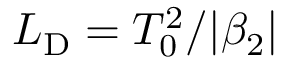
L _ { \mathrm { D } } = T _ { \mathrm { 0 } } ^ { \mathrm { 2 } } / | \beta _ { \mathrm { 2 } } |